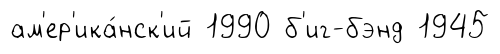
ам'ер'ика́нск'ий 1990 б'иг-бэнд 1945